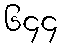
၆၄၄